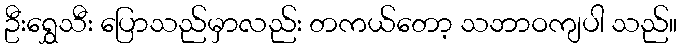
ဦးရွှေသီး ပြောသည်မှာလည်း တကယ်တော့ သဘာဝကျပါ သည်။